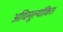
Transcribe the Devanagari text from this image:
अधिमूल्यांकित